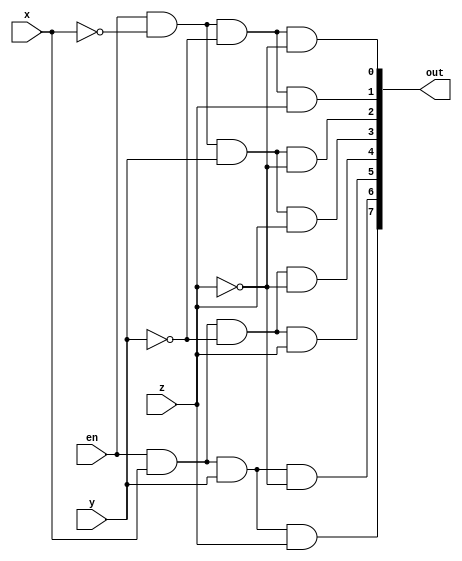
module decoder_3_8(en,x,y,z,out);

input en,x,y,z;
output [7:0] out;

wire notx,noty,notz;

not n1(notx,x),
    n2(noty,y),
    n3(notz,z);

and g0(out[0],en,notx,noty,notz),
    g1(out[1],en,notx,noty,z),
    g2(out[2],en,notx,y,notz),
    g3(out[3],en,notx,y,z),
    g4(out[4],en,x,noty,notz),
    g5(out[5],en,x,noty,z),
    g6(out[6],en,x,y,notz),
    g7(out[7],en,x,y,z);

endmodule

module decoder_tb;
reg en,x,y,z;
wire [7:0] out;
decoder_3_8 dc(en,x,y,z,out);
initial
    begin
	{en,x,y,z}=4'b0000;
	repeat(15)
	#10 {en,x,y,z}={en,x,y,z}+4'b0001;
    end
endmodule